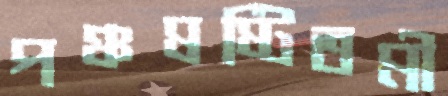
পঞ্চষষ্টিতমী